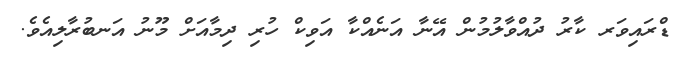
ޑްރައިވަރ ކާރު ދުއްވާލުމުން އޭނާ އަނެއްކާ އަވިކް ހުރި ދިމާއަށް މޫނު އަނބުރާލިއެވެ.